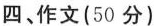
四、作文(50分)